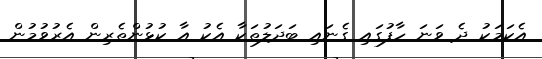
އެކަމަކު ދެ ވަނަ ހާފުގައި ގެނައި ބަދަލުތަކާ އެކު އާ ކުޅުންތެރިން އެރުވުމުން